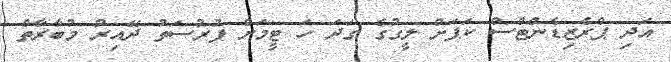
އަދި ޕްރެޒިޑެންޓްސް ކަޕަށް ލީގުގެ ގަދަ ހަ ޓީމަށް ފުރުސަތު ދޭއިރު މުބާރާތް